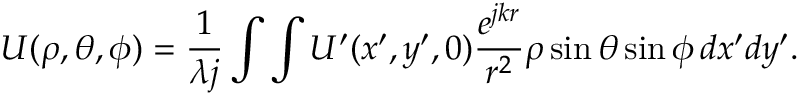
U ( \rho , \theta , \phi ) = \frac { 1 } { \lambda j } \int \int U ^ { \prime } ( x ^ { \prime } , y ^ { \prime } , 0 ) \frac { e ^ { j k r } } { r ^ { 2 } } \rho \sin { \theta } \sin { \phi } \, d x ^ { \prime } d y ^ { \prime } .